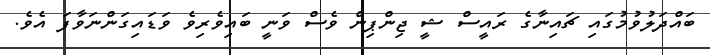
ބައްދަލުވުމުގައި ޗައިނާގެ ރައީސް ޝީ ޖިންޕިން ވެސް ވަނީ ބައިވެރިވެ ވަޑައިގަންނަވާފަ އެވެ.